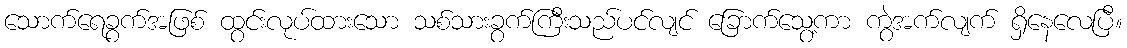
သောက်ရေခွက်အဖြစ် ထွင်းလုပ်ထားသော သစ်သားခွက်ကြီးသည်ပင်လျင် ခြောက်သွေ့ကာ ကွဲအက်လျက် ရှိနေလေပြီ။